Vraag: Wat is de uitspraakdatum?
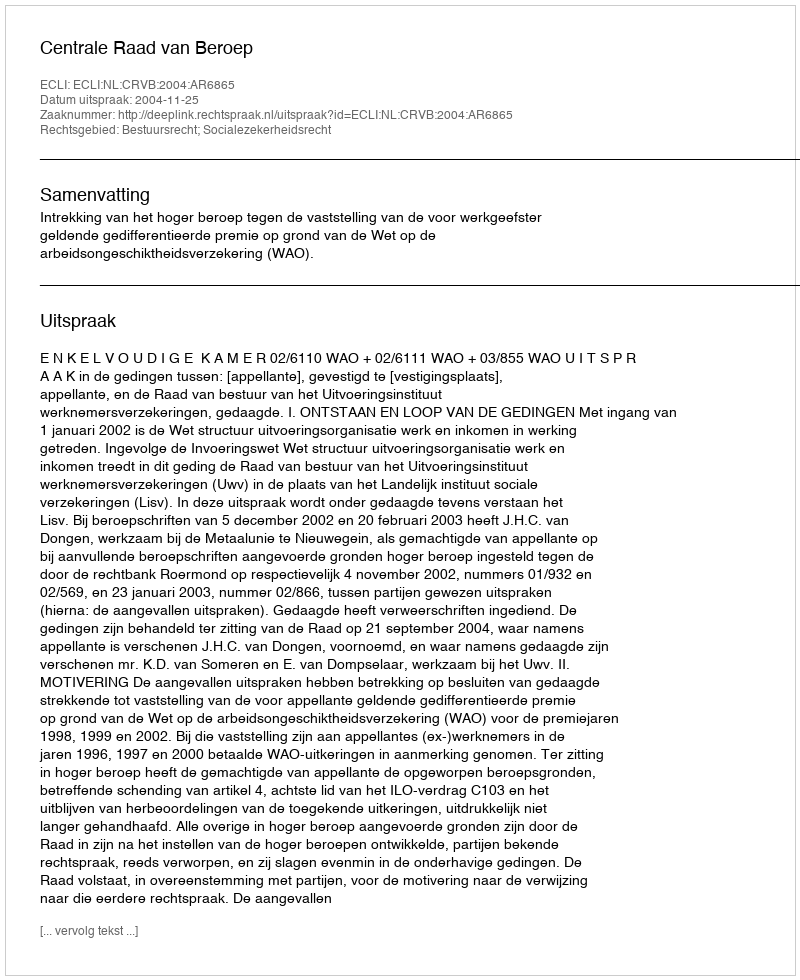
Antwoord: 2004-11-25